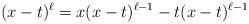
LaTeX: \begin{align*}(x-t)^\ell=x(x-t)^{\ell-1}-t(x-t)^{\ell-1}\end{align*}